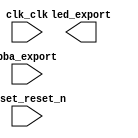

module Lab3_nios (
	clk_clk,
	led_export,
	pba_export,
	reset_reset_n);	

	input		clk_clk;
	output	[7:0]	led_export;
	input		pba_export;
	input		reset_reset_n;
endmodule